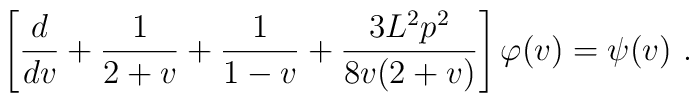
\left[ \frac{d}{dv} +\frac1{2+v} +\frac1{1-v}  +\frac{3L^2p^2}{8v(2+v)}\right] \varphi(v) = \psi(v)~.